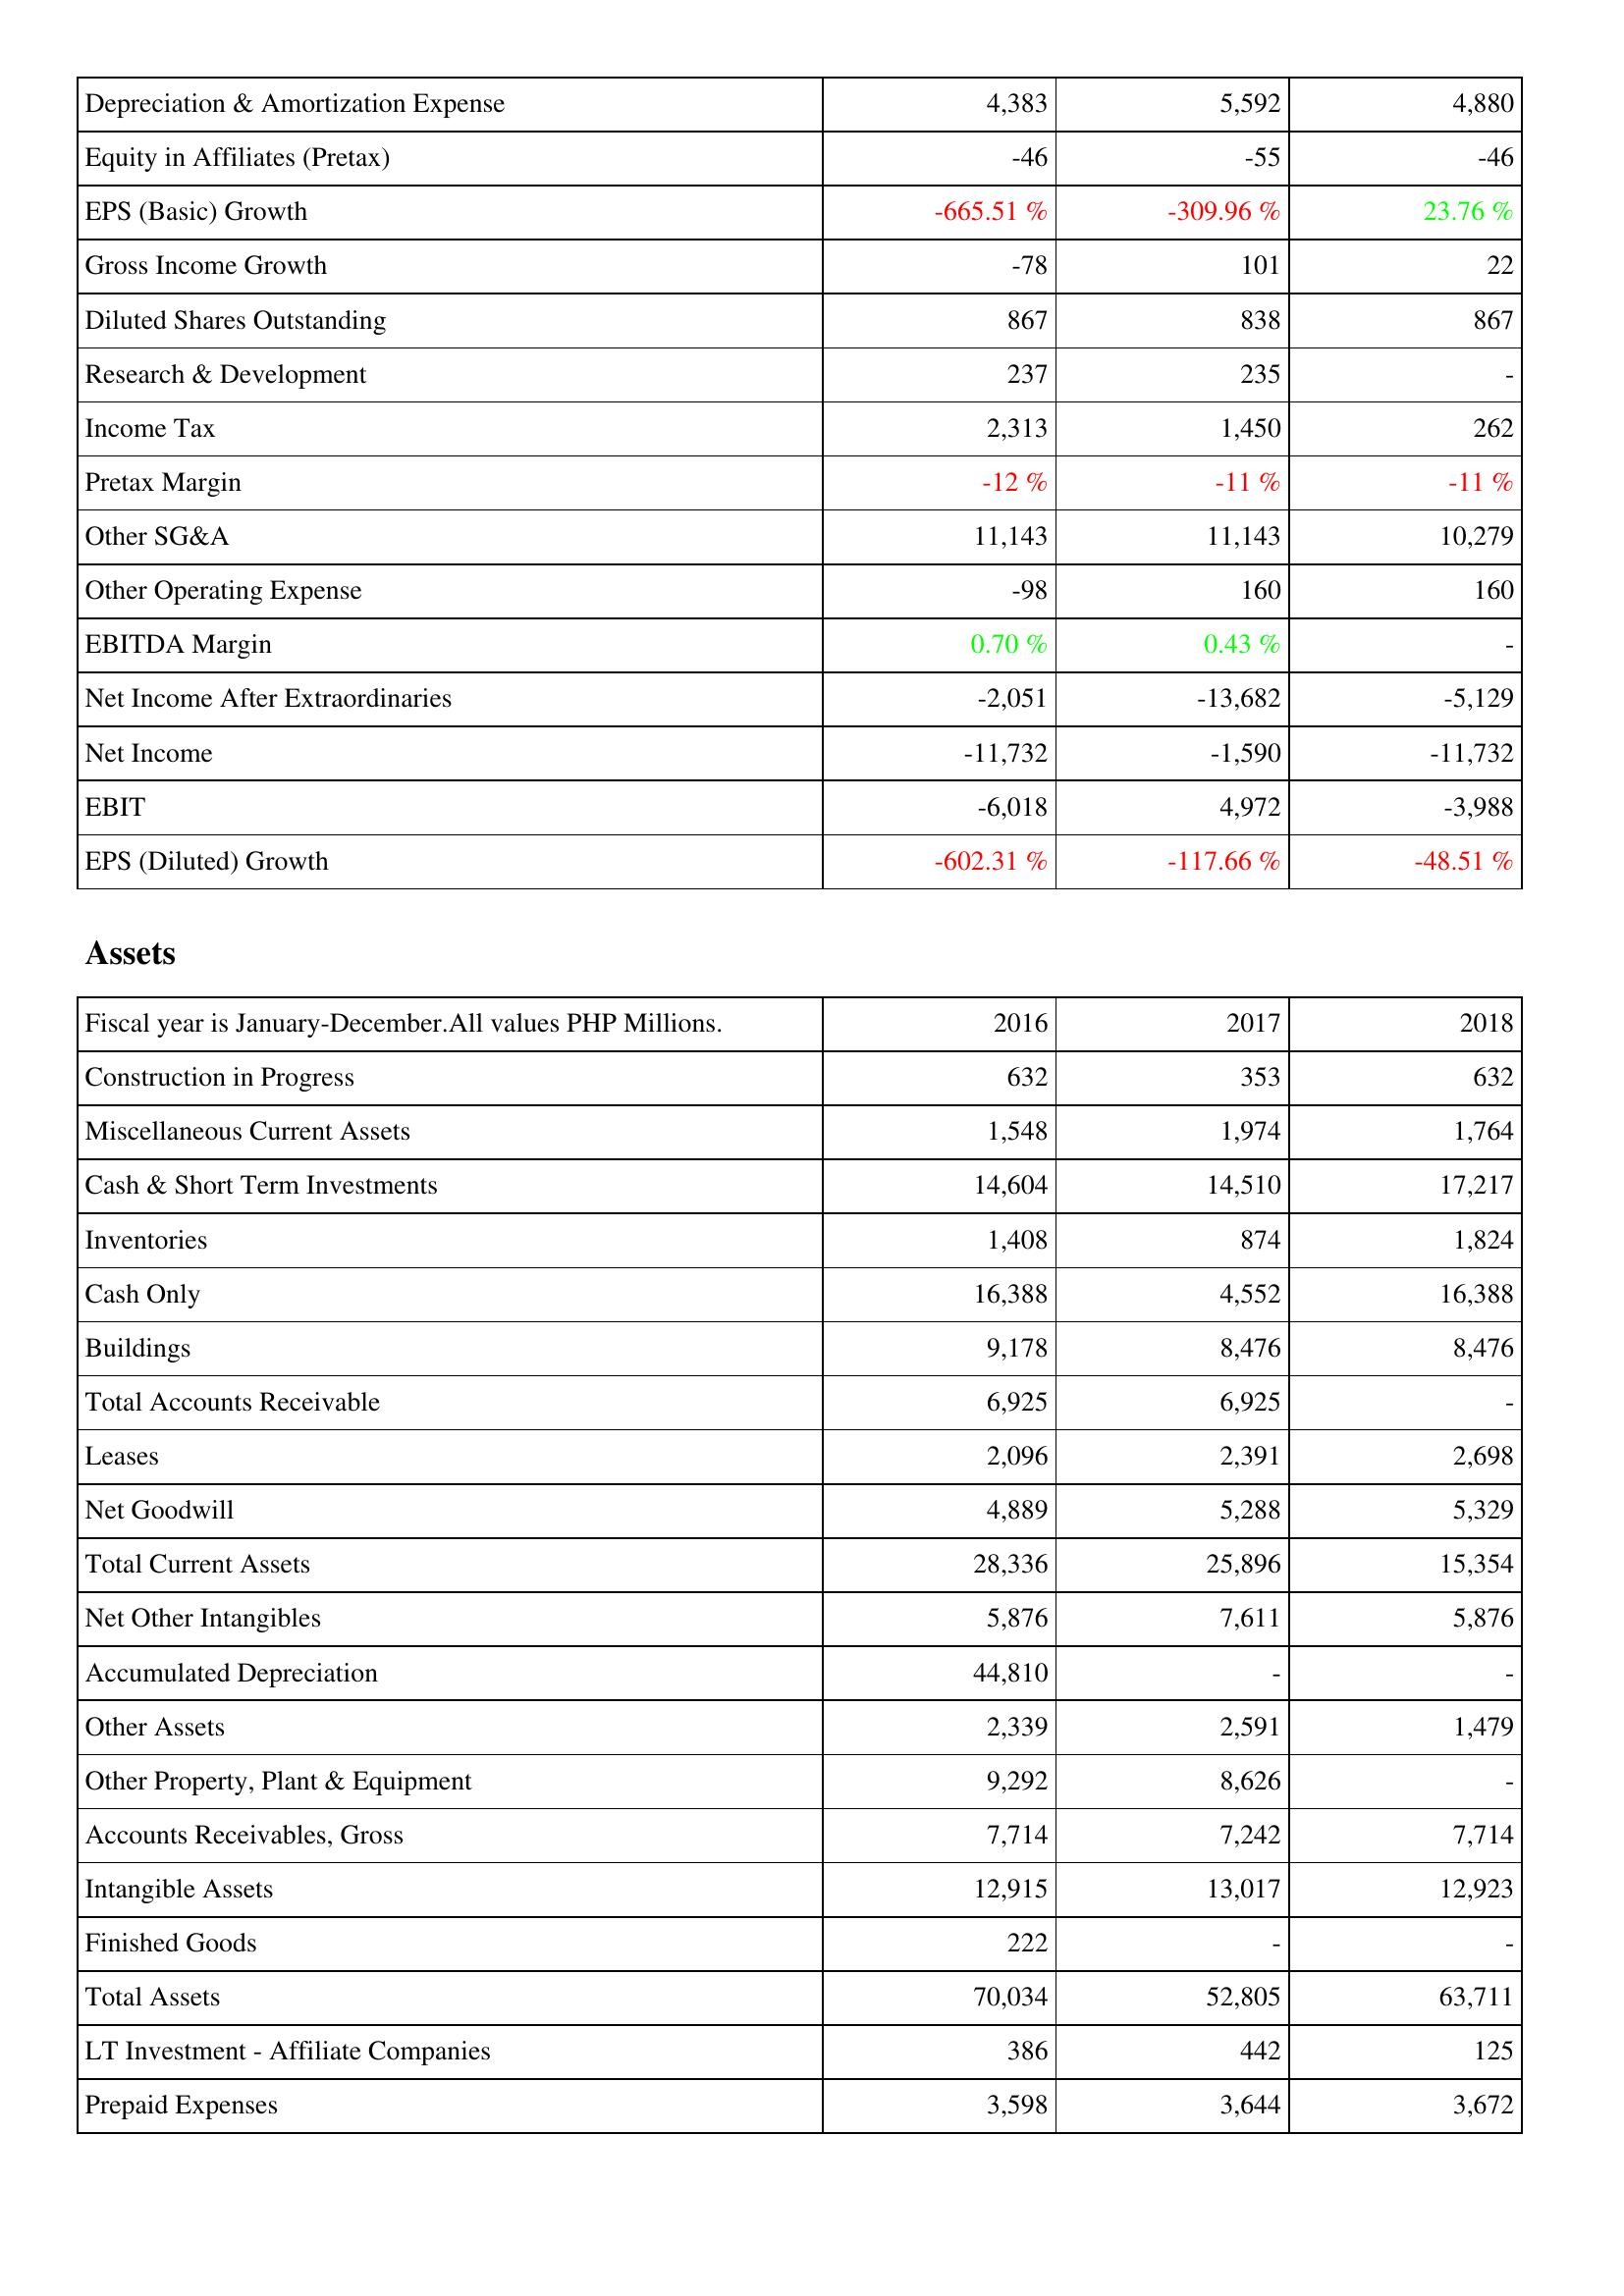
2016: Income Statement: Depreciation & Amortization Expense: 4,383
Equity in Affiliates (Pretax): -46
EPS (Basic) Growth: -665.51 %
Gross Income Growth: -78
Diluted Shares Outstanding: 867
Research & Development: 237
Income Tax: 2,313
Pretax Margin: -12 %
Other SG&A: 11,143
Other Operating Expense: -98
EBITDA Margin: 0.70 %
Net Income After Extraordinaries: -2,051
Net Income: -11,732
EBIT: -6,018
EPS (Diluted) Growth: -602.31 %
Assets: Construction in Progress: 632
Miscellaneous Current Assets: 1,548
Cash & Short Term Investments: 14,604
Inventories: 1,408
Cash Only: 16,388
Buildings: 9,178
Total Accounts Receivable: 6,925
Leases: 2,096
Net Goodwill: 4,889
Total Current Assets: 28,336
Net Other Intangibles: 5,876
Accumulated Depreciation: 44,810
Other Assets: 2,339
Other Property, Plant & Equipment: 9,292
Accounts Receivables, Gross: 7,714
Intangible Assets: 12,915
Finished Goods: 222
Total Assets: 70,034
LT Investment - Affiliate Companies: 386
Prepaid Expenses: 3,598
2017: Income Statement: Depreciation & Amortization Expense: 5,592
Equity in Affiliates (Pretax): -55
EPS (Basic) Growth: -309.96 %
Gross Income Growth: 101
Diluted Shares Outstanding: 838
Research & Development: 235
Income Tax: 1,450
Pretax Margin: -11 %
Other SG&A: 11,143
Other Operating Expense: 160
EBITDA Margin: 0.43 %
Net Income After Extraordinaries: -13,682
Net Income: -1,590
EBIT: 4,972
EPS (Diluted) Growth: -117.66 %
Assets: Construction in Progress: 353
Miscellaneous Current Assets: 1,974
Cash & Short Term Investments: 14,510
Inventories: 874
Cash Only: 4,552
Buildings: 8,476
Total Accounts Receivable: 6,925
Leases: 2,391
Net Goodwill: 5,288
Total Current Assets: 25,896
Net Other Intangibles: 7,611
Accumulated Depreciation: -
Other Assets: 2,591
Other Property, Plant & Equipment: 8,626
Accounts Receivables, Gross: 7,242
Intangible Assets: 13,017
Finished Goods: -
Total Assets: 52,805
LT Investment - Affiliate Companies: 442
Prepaid Expenses: 3,644
2018: Income Statement: Depreciation & Amortization Expense: 4,880
Equity in Affiliates (Pretax): -46
EPS (Basic) Growth: 23.76 %
Gross Income Growth: 22
Diluted Shares Outstanding: 867
Research & Development: -
Income Tax: 262
Pretax Margin: -11 %
Other SG&A: 10,279
Other Operating Expense: 160
EBITDA Margin: -
Net Income After Extraordinaries: -5,129
Net Income: -11,732
EBIT: -3,988
EPS (Diluted) Growth: -48.51 %
Assets: Construction in Progress: 632
Miscellaneous Current Assets: 1,764
Cash & Short Term Investments: 17,217
Inventories: 1,824
Cash Only: 16,388
Buildings: 8,476
Total Accounts Receivable: -
Leases: 2,698
Net Goodwill: 5,329
Total Current Assets: 15,354
Net Other Intangibles: 5,876
Accumulated Depreciation: -
Other Assets: 1,479
Other Property, Plant & Equipment: -
Accounts Receivables, Gross: 7,714
Intangible Assets: 12,923
Finished Goods: -
Total Assets: 63,711
LT Investment - Affiliate Companies: 125
Prepaid Expenses: 3,672